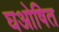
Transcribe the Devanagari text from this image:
घओषित